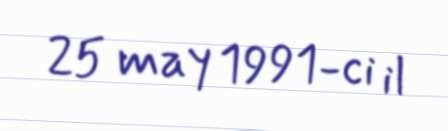
25 may 1991-ci il